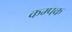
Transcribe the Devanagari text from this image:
कम्पक